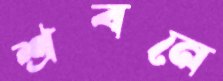
শ্রবনে